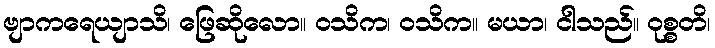
ဗျာကရေယျာသိ၊ ဖြေဆိုလော။ ဝသိက၊ ဝသိက။ မယာ၊ ငါသည်။ ဝုစ္စတိ၊